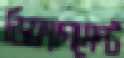
ডিফ্র্যাগমেন্ট